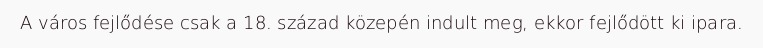
A város fejlődése csak a 18. század közepén indult meg, ekkor fejlődött ki ipara.